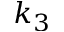
k _ { 3 }